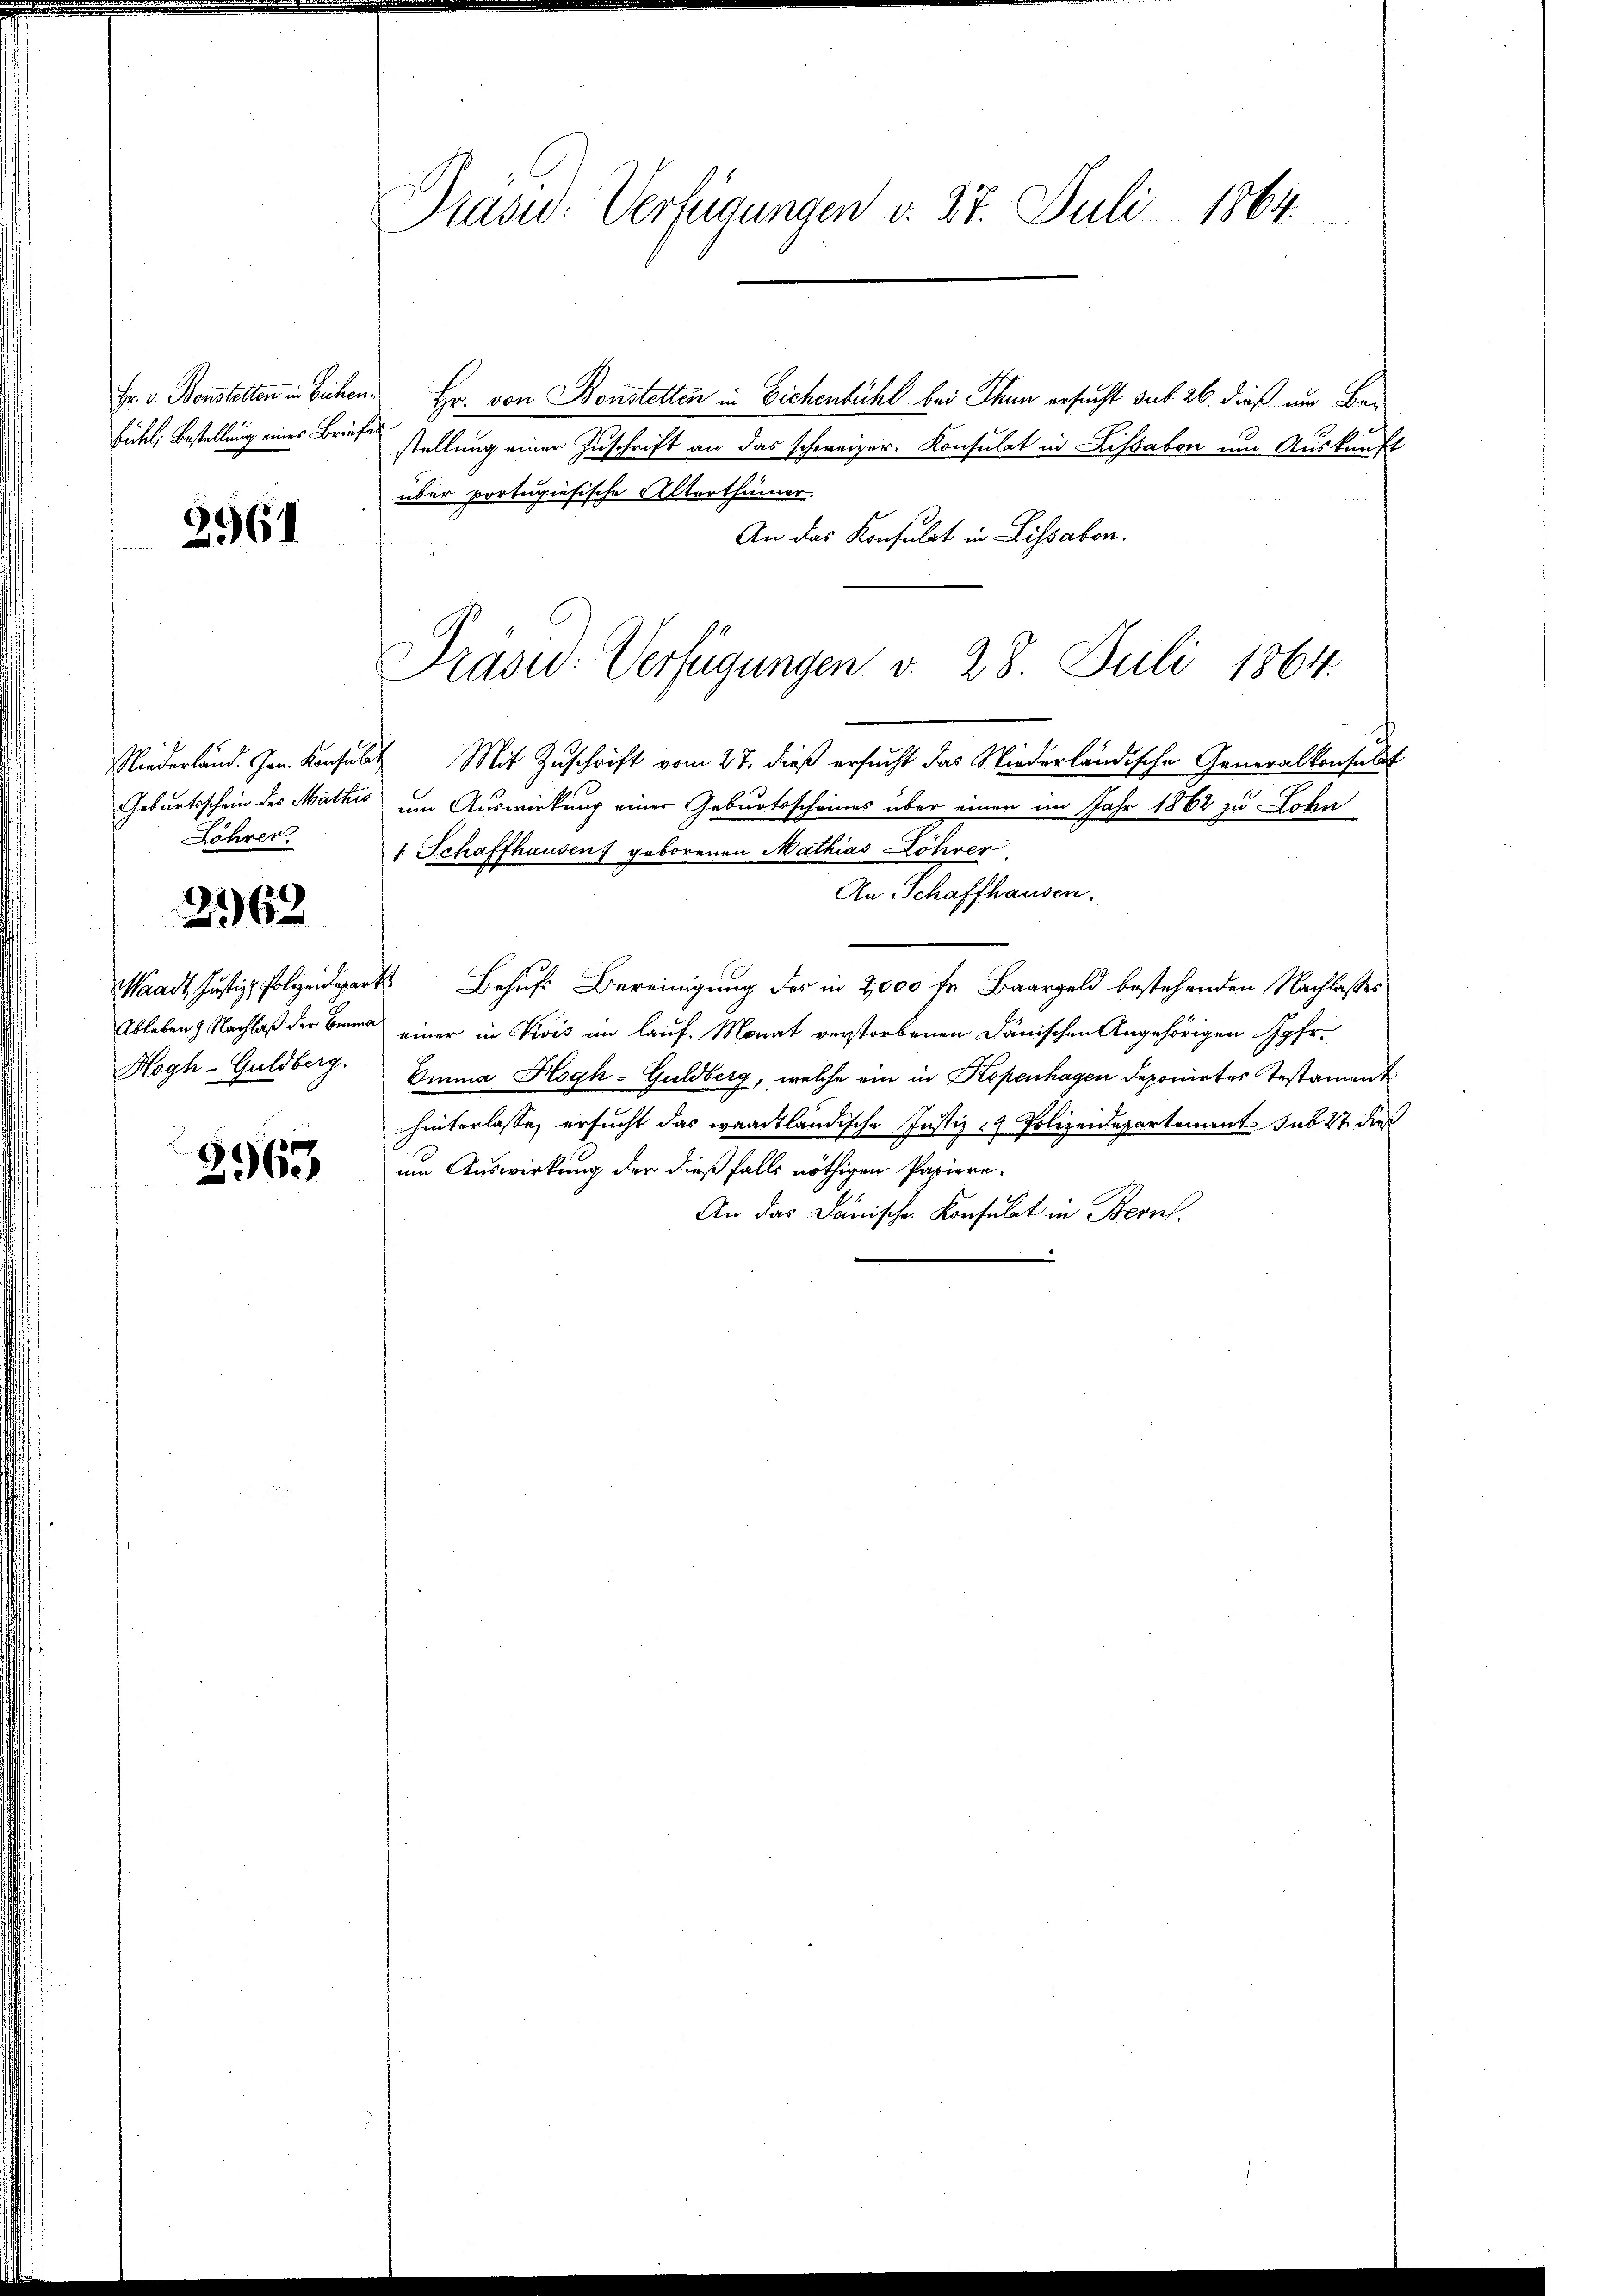
Eichl, Bestellung eines Brun¬

2961

Löhrer

2362

2963

Prasid. Verfügungen v. 27. Juli 1864.

Fr. v. Bonstetten in Eichen. Hr. von Bonstelten in Eichenbühl bei Thun ersucht sub 26. dieß am Befege
stellung einer Zuschrift an das schweizer. Konsulat in Lissabon um Auskunft
über portugisische Alterthümer.
An das Konsulat in Lissabon.
Niederländ. Gen. Konsulat Mit Zuschrift vom 27. dieß ersucht das Niederländische Generalkonsulat
Geburtsschein des Mathis um Auswirkung einer Geburtsscheines über einen im Jahr 1862 zu Lohn
f Schaffhausen) geborenen Mathias Löhrer
An Schaffhausen.
Waadt, Justiz, Polizeidepart. Behufs Bereinigung des in 2,000 fr. Baargeld bestehenden Nachlasses
Ableben & Nachlaß der Bern einer in Divis im lauf. Monat verstorbenen Dänischen Angehörigen Jgfr.
Hogh-Guldberg. Emma Hogh-Guldberg, welche ein in Kopenhagen deponirtes Testament
hinterlasse, ersucht das waadtländische Justiz - Polizeidepartement sub 2t dies
um Auswirkung der dießfalls nöthigen Papiere-
An das Dänischen Konsulat in Bern.

Präsid. Verfügungen v. 28. Juli 1864.